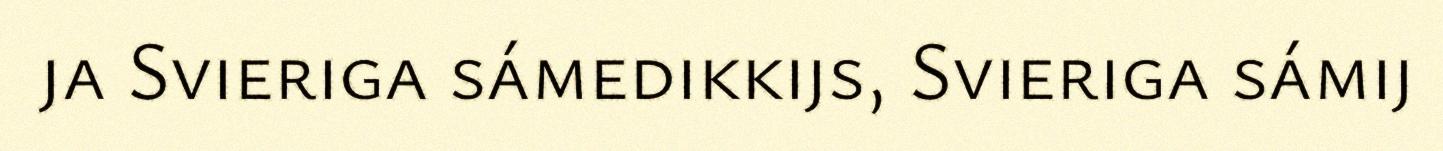
ja Svieriga sámedikkijs, Svieriga sámij